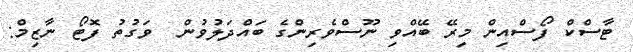
ޓާސްކް ފޯސްއިން މިރޭ ބޭއްވި ނޫސްވެރިންގެ ބައްދަލުވުން  ވަގުތު ފޮޓޯ ނާޒިމް: